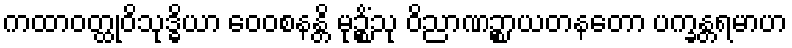
ကထာဝတ္ထုဝိသုဒ္ဓိယာ ဝေဝစနန္တိ မုဉ္စိံသု ဝိညာဏဉ္စာယတနတော ပက္ခန္တရမာဟ